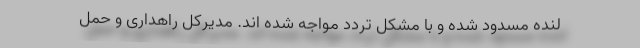
لنده مسدود شده و با مشکل تردد مواجه شده اند. مدیرکل راهداری و حمل